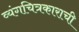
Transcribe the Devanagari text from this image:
व्यंगचित्रकाराची